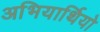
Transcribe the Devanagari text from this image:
अभियार्थियो